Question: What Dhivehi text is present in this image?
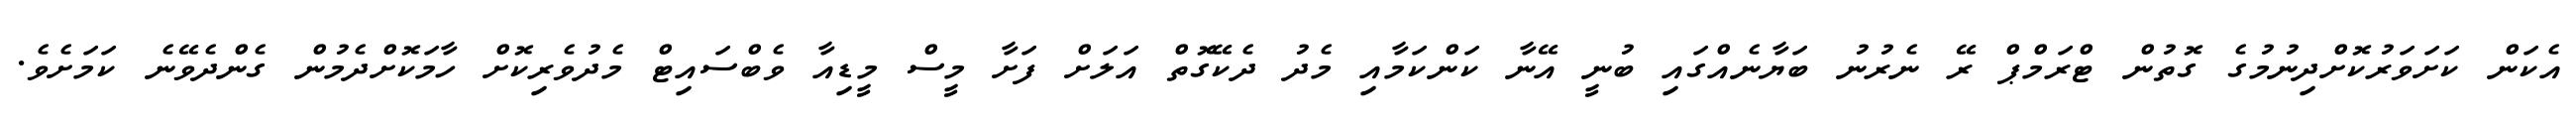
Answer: އެކަން ކަށަވަރުކޮށްދިނުމުގެ ގޮތުން ޓްރަމްޕް ރޭ ނެރުނު ބަޔާނެއްގައި ބުނީ އޭނާ ކަންކަމާއި މެދު ދެކޭގޮތް އަލަށް ފަށާ މީސް މީޑިއާ ވެބްސައިޓް މެދުވެރިކޮށް ހާމަކޮށްދެމުން ގެންދެވޭނެ ކަމަށެވެ.